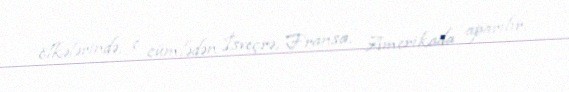
ölkələrində, o cümlədən İsveçrə, Fransa, Amerikada aparılır.